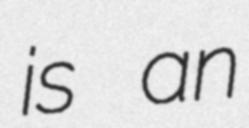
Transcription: is an